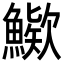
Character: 𩺶